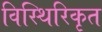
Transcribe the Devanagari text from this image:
विस्थिरिकृत